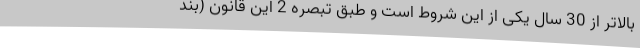
بالاتر از 30 سال یکی از این شروط است و طبق تبصره 2 این قانون (بند